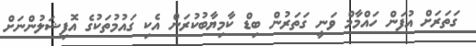
ގަތަރަށް އުފަން ހައްމާމް ވަނީ ގަތަރުން ބިޑް ކާމިޔާބުކުރަން އެކި ގައުމުތަކުގެ އޮފިޝަލުންނަށް